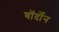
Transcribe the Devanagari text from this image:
बॉर्दोन